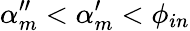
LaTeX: \alpha_{m}^{\prime\prime}<\alpha_{m}^{\prime}<\phi_{in}